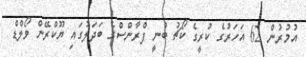
އުމުރުން 62 އަހަރުގެ ކުރީގެ ކޯޗު ބުނީ ފްރާންސްގެ ބަދަލުގައި ޔޫކްރޭން ވޯލްޑް